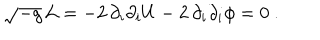
\sqrt { - g } \, { \cal L } = - 2 \, \partial _ { i } \partial _ { i } U - 2 \, \partial _ { i } \partial _ { i } \phi = 0 \ .